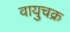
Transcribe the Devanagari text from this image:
वायुचक्र